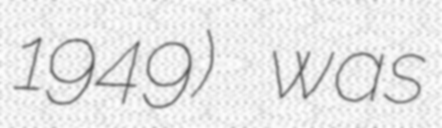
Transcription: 1949) was